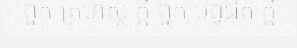
ពួក គ្រហស្ថ ក្តី ពួក បព្វជិត ក្តី